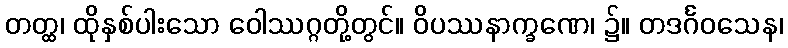
တတ္ထ၊ ထိုနှစ်ပါးသော ဝေါဿဂ္ဂတို့တွင်။ ဝိပဿနာက္ခဏေ၊ ၌။ တဒင်္ဂဝသေန၊